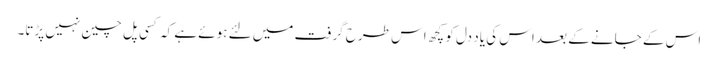
اس کے جانے کے بعد اس کی یاد دل کو کچھ اس طرح گرفت میں لئے ہوئے ہے کہ کسی پل چین نہیں پڑتا۔